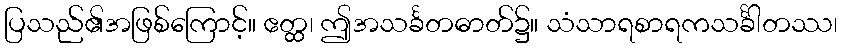
ပြသည်၏အဖြစ်ကြောင့်။ ဧတ္ထ၊ ဤအသင်္ခတဓာတ်၌။ သံသာရစာရကသင်္ခါတဿ၊